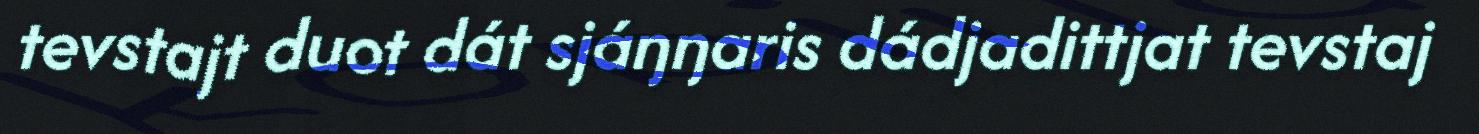
tevstajt duot dát sjáŋŋaris dádjadittjat tevstaj